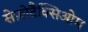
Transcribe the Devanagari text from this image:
सेफ़ोटैक्सिओम